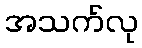
အသက်လု